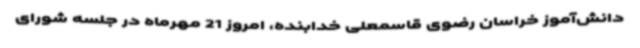
دانش‌آموز خراسان رضوی قاسمعلی خدابنده، امروز 21 مهرماه در جلسه شورای